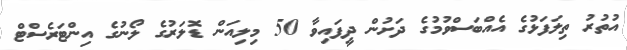
އުތުރު ތިލަފަޅުގެ އެއްބަސްވުމުގެ ދަށުން ދީފައިވާ 50 މިލިއަން ޑޮލަރުގެ ލޯނުގެ އިންޓަރެސްޓް